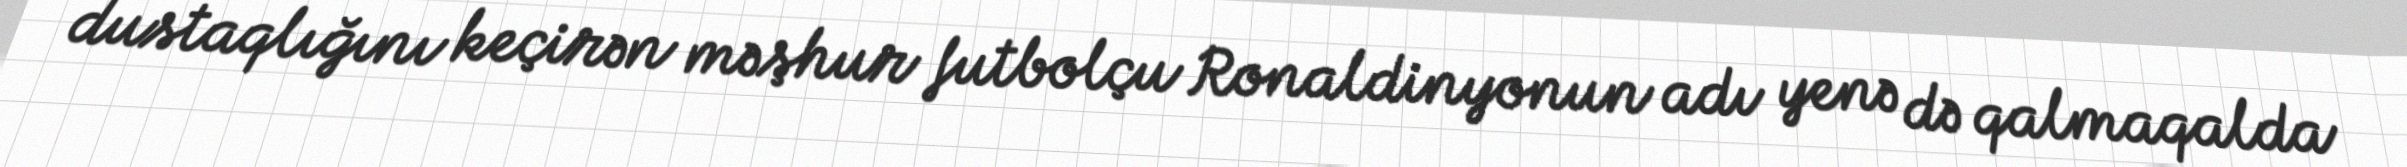
dustaqlığını keçirən məşhur futbolçu Ronaldinyonun adı yenə də qalmaqalda